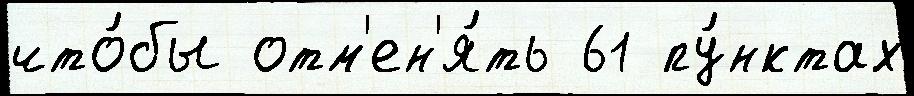
что́бы отм'ен'я́ть 61 пу́нктах